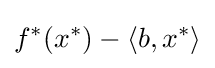
f^{*}(x^{*})-\langle b,x^{*}\rangle